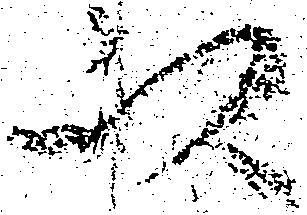
以